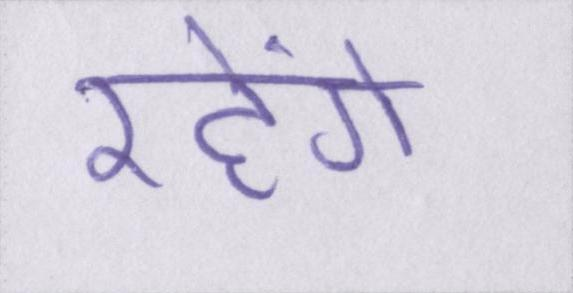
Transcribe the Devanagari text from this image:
रहेंगे